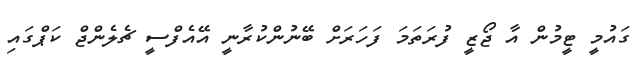
ގައުމީ ޓީމުން އާ ޖޯޒީ ފުރަތަމަ ފަހަރަށް ބޭނުންކުރާނީ އޭއެފްސީ ޗެލެންޖް ކަޕްގައި